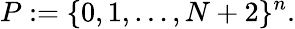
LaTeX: P:=\{ 0,1,\ldots,N+2\} ^{n}.